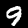
Label: 9